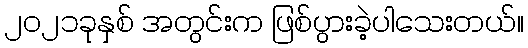
၂၀၂၁ခုနှစ် အတွင်းက ဖြစ်ပွားခဲ့ပါသေးတယ်။